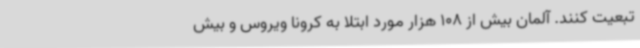
تبعیت کنند. آلمان بیش از 108 هزار مورد ابتلا به کرونا ویروس و بیش